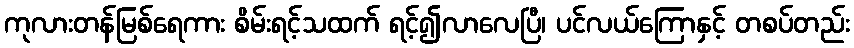
ကုလားတန်မြစ်ရေကား စိမ်းရင့်သထက် ရင့်၍လာလေပြီ၊ ပင်လယ်ကြောနှင့် တစပ်တည်း